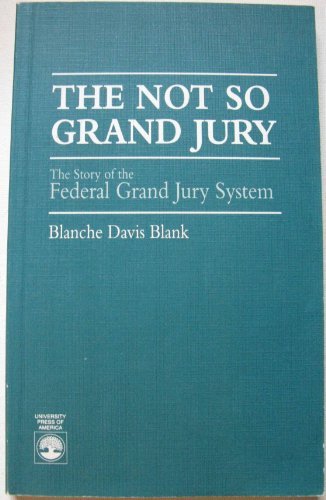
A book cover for The Not So Grand Jury; Blanche Davis Blank; Law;